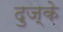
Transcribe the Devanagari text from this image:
दुज्के